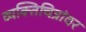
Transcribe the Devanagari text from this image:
व्यक्तिचित्रांवर